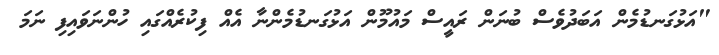
"އަޅުގަނޑުމެން އަބަދުވެސް ބުނަން ރައީސް މައުމޫން އަޅުގަނޑުމެންނާ އެއް ފިކުރެއްގައި ހުންނަވައިފި ނަމަ